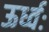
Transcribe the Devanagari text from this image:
ऊर्ध्वः